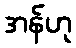
အန်ဟု